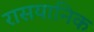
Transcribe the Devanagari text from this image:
रासयानिक